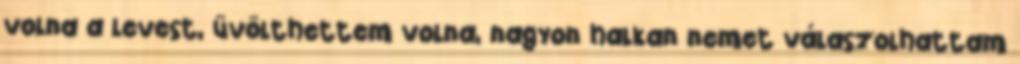
volna a levest, üvölthettem volna, nagyon halkan nemet válaszolhattam